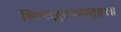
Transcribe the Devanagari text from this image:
शिवसङ्कल्पमस्तु॥१॥